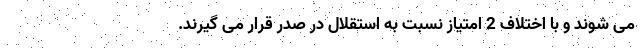
می شوند و با اختلاف 2 امتیاز نسبت به استقلال در صدر قرار می گیرند.